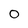
Character: 0